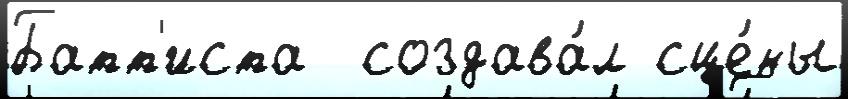
Батт'иста  создава́л сце́ны